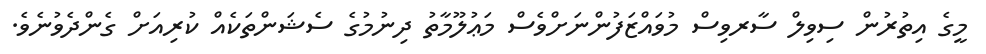
މީގެ އިތުރުން ސިވިލް ސާރވިސް މުވައްޒަފުންނަށްވެސް މަޢުލޫމާތު ދިނުމުގެ ސެޝަންތަކެއް ކުރިއަށް ގެންދެވުނެވެ.